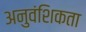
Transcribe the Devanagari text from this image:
अनुवंशिकता